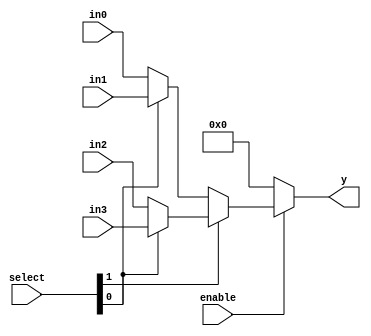
module N_Bit_4_to_1_MUX_with_enable_control #(
    parameter N = 4 // Default width is 4 bits
)(
    input [1:0] select,       // 2-bit select signal
    input enable,             // Enable signal
    input [N-1:0] in3,        // N-bit input 3
    input [N-1:0] in2,        // N-bit input 2
    input [N-1:0] in1,        // N-bit input 1
    input [N-1:0] in0,        // N-bit input 0
    output reg [N-1:0] y      // N-bit output
);

    // N-bit 4-to-1 multiplexer with enable control
    always @(*) begin
        if (!enable)
            y = {N{1'b0}}; // Output zero when enable is low
        else
            y = select[1] ? 
                (select[0] ? in3 : in2) : 
                (select[0] ? in1 : in0);
    end

endmodule